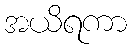
အယိရကာ